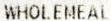
WHOLEMEAL